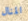
المنال